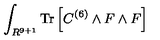
\int _ { R ^ { 9 + 1 } } \mathrm { T r } \left[ C ^ { ( 6 ) } \wedge F \wedge F \right]